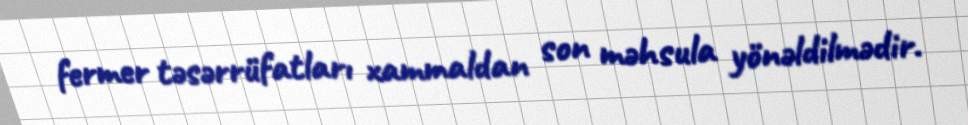
fermer təsərrüfatları xammaldan son məhsula yönəldilmədir.